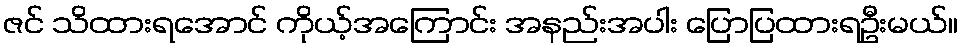
ဇင် သိထားရအောင် ကိုယ့်အကြောင်း အနည်းအပါး ပြောပြထားရဦးမယ်။